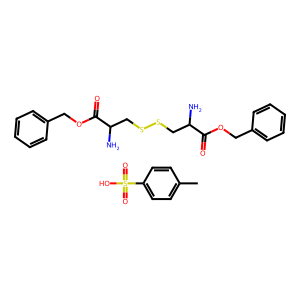
SMILES: Cc1ccc(S(=O)(=O)O)cc1.NC(CSSCC(N)C(=O)OCc1ccccc1)C(=O)OCc1ccccc1
Inhibits HIV replication: No